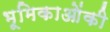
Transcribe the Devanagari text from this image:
भूमिकाओंकी